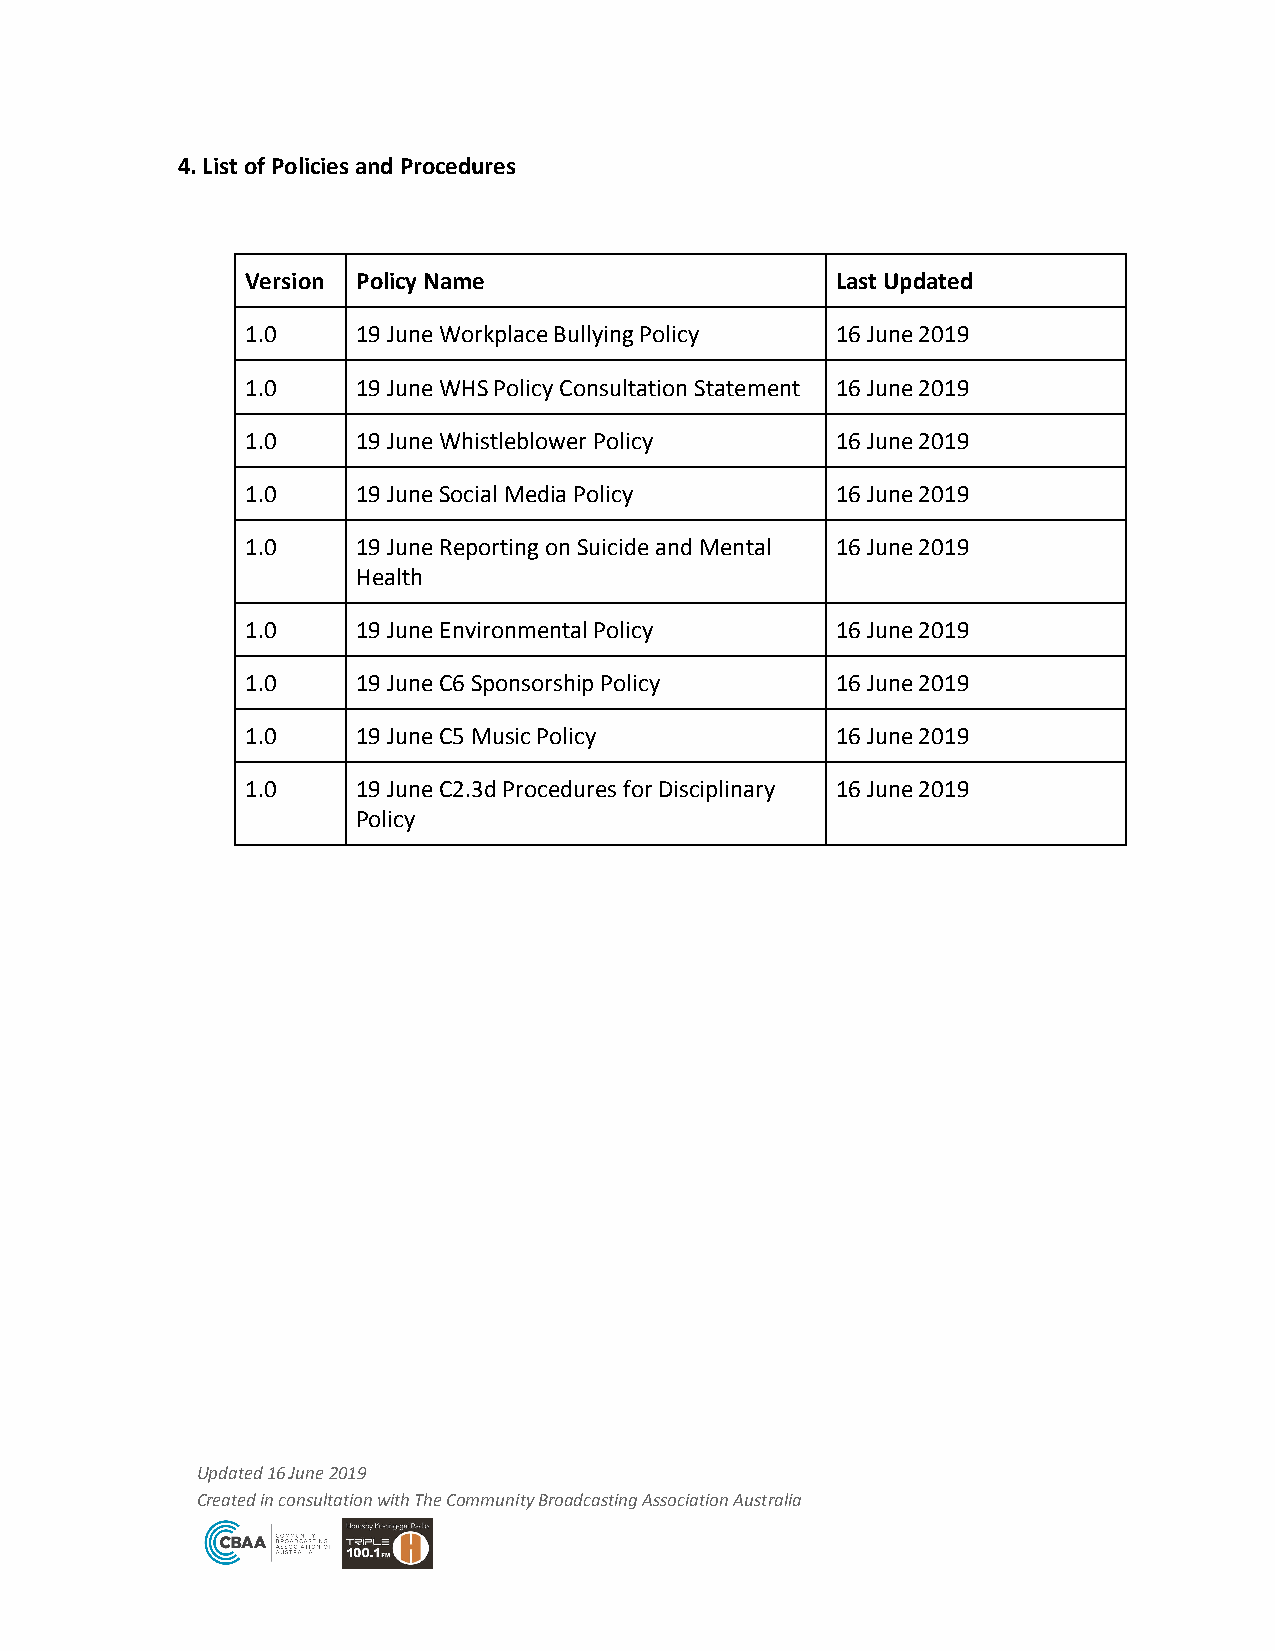
4. List of Policies and Procedures
 Version Policy Name                    Last Updated
 1.0     19 June Workplace Bullying Policy 16 June 2019
 1.0     19 June WHS Policy Consultation Statement 16 June 2019
 1.0     19 June Whistleblower Policy   16 June 2019
 1.0     19 June Social Media Policy    16 June 2019
 1.0     19 June Reporting on Suicide and Mental 16 June 2019
 Health
 1.0     19 June Environmental Policy   16 June 2019
 1.0     19 June C6 Sponsorship Policy  16 June 2019
 1.0     19 June C5 Music Policy        16 June 2019
 1.0     19 June C2.3d Procedures for Disciplinary 16 June 2019
 Policy
 Updated 16 June 2019
 Created in consultation with The Community Broadcasting Association Australia